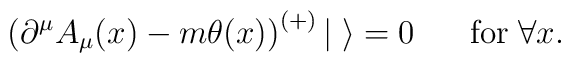
\left(\partial^{\mu}A_{\mu}(x) - m\theta(x)\right)^{(+)}|\;\rangle = 0 \makebox[7mm]{}{\rm for}\; \forall x .